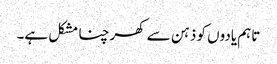
تاہم یادوں کو ذہن سے کھرچنا مشکل ہے۔